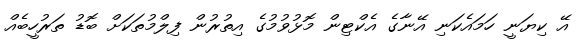
އޭ ކިޔަނީ ހަމައެކަނި އޭނާގެ އެކްޓިން މޮޅުވުމުގެ އިތުރުން ފިލްމުތަކަށް ބޮޑު ތަރުހީބެއް